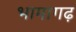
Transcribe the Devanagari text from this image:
भामागढ़